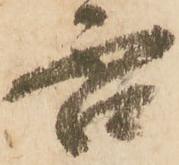
否